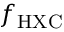
f _ { \mathrm { H X C } }